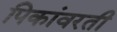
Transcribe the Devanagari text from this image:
पिकांवरती